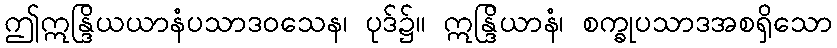
ဤဣန္ဒြိယယာနံပသာဒဝသေန၊ ပုဒ်၌။ ဣန္ဒြိယာနံ၊ စက္ခုပသာဒအစရှိသော